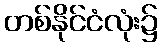
တစ်နိုင်ငံလုံး၌